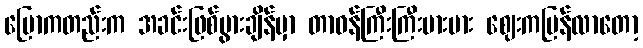
ပြောကတည်းက အခင်းဖြစ်ပွားချိန်မှာ တာဝန်ကြီးကြီးမားမား ဈေးကပြန်လာတော့